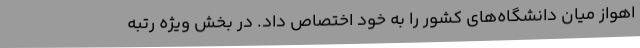
اهواز میان دانشگاه‌های کشور را به خود اختصاص داد. در بخش ویژه رتبه